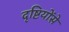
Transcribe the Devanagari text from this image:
दृष्टियोंसे